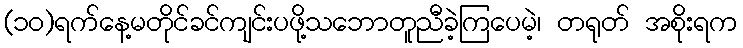
(၁၀)ရက်နေ့မတိုင်ခင်ကျင်းပဖို့သဘောတူညီခဲ့ကြပေမဲ့၊ တရုတ် အစိုးရက